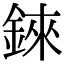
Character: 錸